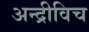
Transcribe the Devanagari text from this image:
अन्द्रीविच